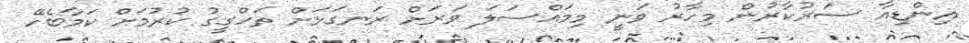
އިންޑިއާ ސަރުކާރުން މިހާރު ވަނީ މިމައްސަލަ ވަރަށް ރަނގަޅަށް ތަހްގީގު ކުރުމަށް ކަމާބެހޭ